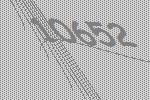
10652